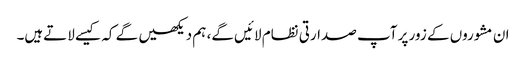
ان مشوروں کے زور پر آپ صدارتی نظام لائیں گے، ہم دیکھیں گے کہ کیسے لاتےہیں۔